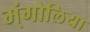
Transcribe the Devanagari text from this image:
म्ंगोलिया